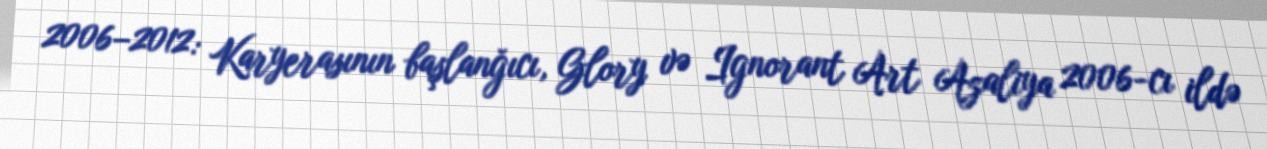
2006–2012: Karyerasının başlanğıcı, Glory və Ignorant Art Azaliya 2006-cı ildə